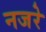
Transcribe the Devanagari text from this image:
नजरे